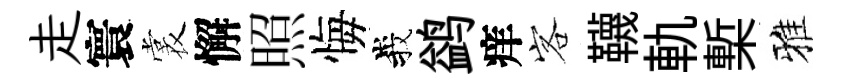
走寰裳懈照悔峩鹢痒客韈軌槧雅